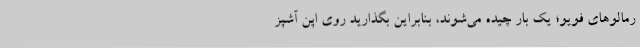
رمالوهای فویو؛ یک بار چیده می‌شوند، بنابراین بگذارید روی اپن آشپز